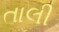
તાલી